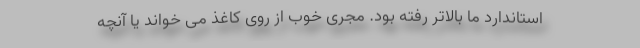
استاندارد ما بالاتر رفته بود. مجری خوب از روی کاغذ می خواند یا آنچه